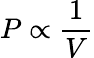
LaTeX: P\propto{\frac{1}{V}}